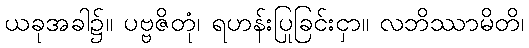
ယခုအခါ၌။ ပဗ္ဗဇိတုံ၊ ရဟန်းပြုခြင်းငှာ။ လဘိဿာမိတိ၊